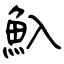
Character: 魞